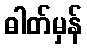
ဓါတ်မှန်